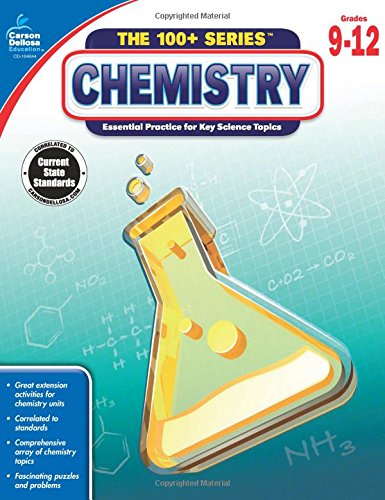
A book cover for Chemistry (The 100+ Series(TM)); Science & Math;